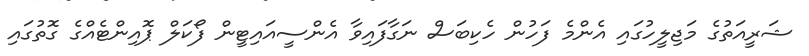
ޝަރީއަތުގެ މަޖިލީހުގައި އެންމެ ފަހުން ހެކިބަސް ނަގާފައިވާ އެންސީއައިޓީން ފޯކަލް ޕޮއިންޓެއްގެ ގޮތުގައި